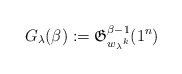
\begin{gather*}G_{\lambda}(\beta):={\mathfrak G}_{{w_{\lambda}}^{k}}^{\beta-1}(1^n)\end{gather*}